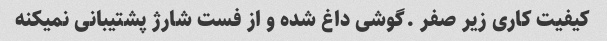
کیفیت کاری زیر صفر .گوشی داغ شده و از فست شارژ پشتیبانی نمیکنه